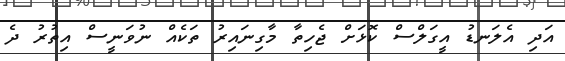
އަދި އެލަނޑު އީގަލްސް ކޮޅަށް ޖެހިތާ މާގިނައިރު ތަކެއް ނުވަނީސް އިތުރު ދެ